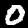
Label: 0